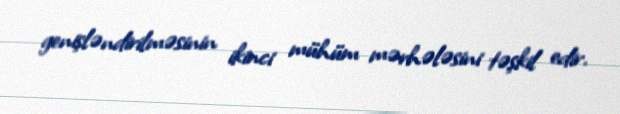
genişləndirilməsinin ikinci mühüm mərhələsini təşkil edir.